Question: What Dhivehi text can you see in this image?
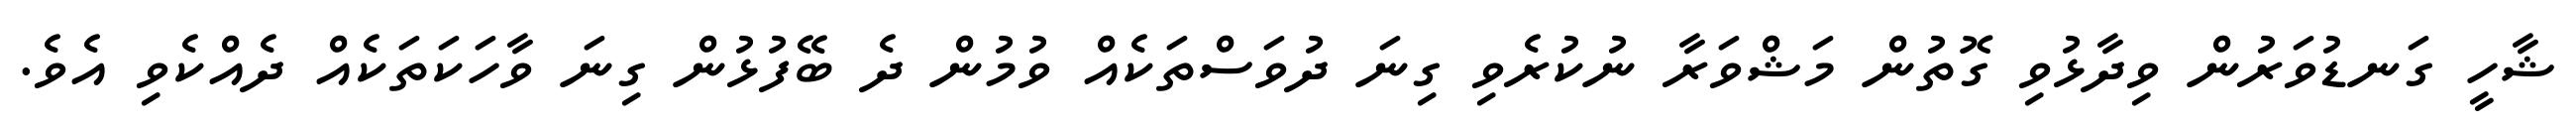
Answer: ޝާހީ ގަނޑުވަރުން ވިދާޅުވި ގޮތުން މަޝްވަރާ ނުކުރެވި ގިނަ ދުވަސްތަކެއް ވުމުން ދެ ބޭފުޅުން ގިނަ ވާހަކަތަކެއް ދެއްކެވި އެވެ.